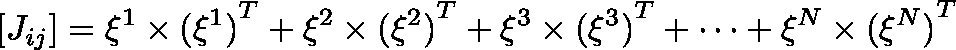
[ { { J } _ { i j } } ] = { { \mathbf { \xi } } ^ { 1 } } \times { { \mathbf { ( } { { \mathbf { \xi } } ^ { 1 } } \mathbf { ) } } ^ { T } } + { { \mathbf { \xi } } ^ { 2 } } \times { { \mathbf { ( } { { \mathbf { \xi } } ^ { 2 } } \mathbf { ) } } ^ { T } } + { { \mathbf { \xi } } ^ { 3 } } \times { { \mathbf { ( } { { \mathbf { \xi } } ^ { 3 } } \mathbf { ) } } ^ { T } } + \cdots + { { \mathbf { \xi } } ^ { N } } \times { { \mathbf { ( } { { \mathbf { \xi } } ^ { N } } \mathbf { ) } } ^ { T } }